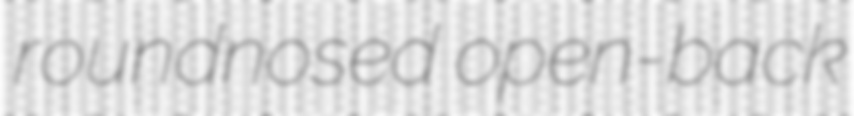
roundnosed open-back